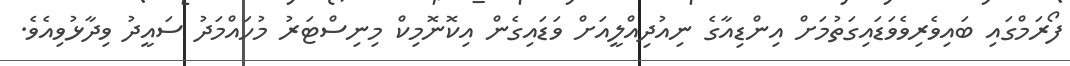
ފޯރަމްގައި ބައިވެރިވެވަޑައިގަތުމަށް އިންޑިއާގެ ނިއުދިއްލީއަށް ވަޑައިގެން އިކޮނޮމިކް މިނިސްޓަރު މުހައްމަދު ސައީދު ވިދާޅުވިއެވެ.